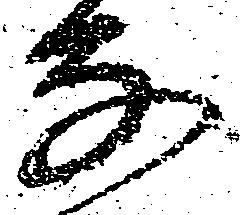
な